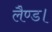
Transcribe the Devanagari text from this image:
लैण्ड।